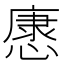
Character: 𢠓